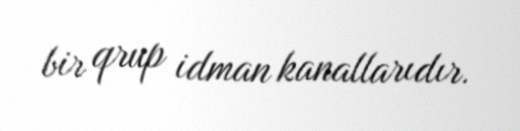
bir qrup idman kanallarıdır.